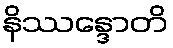
နိဿန္ဒောတိ